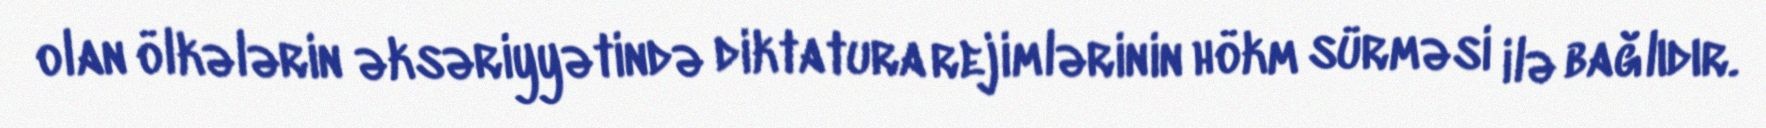
olan ölkələrin əksəriyyətində diktatura rejimlərinin hökm sürməsi ilə bağlıdır.